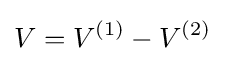
V=V^{(1)}-V^{(2)}